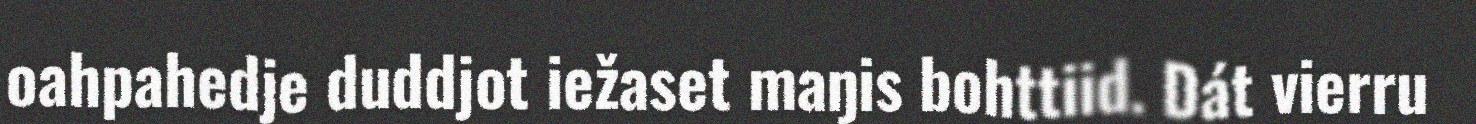
oahpahedje duddjot iežaset maŋis bohttiid. Dát vierru